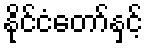
နိုင်ငံတော်နှင့်